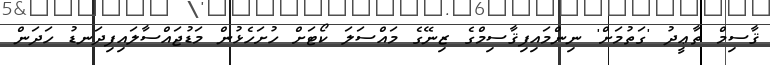
ޤާސިމް ތާޢީދު 'ގަތުމަށް' ނިންމައިފިޤާސިމްގެ ޒިނޭގެ މައްސަލަ ކޯޓަށް ހުށަހެޅުން މަޑުޖައްސާލައިފިދަނޑު ހަދަން